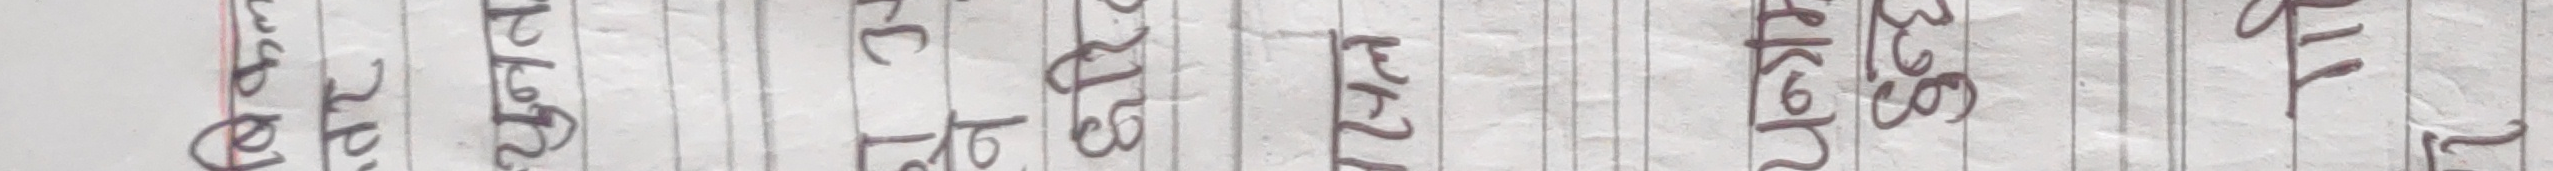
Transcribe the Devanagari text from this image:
रा, छोटो बाटो छरितो छिटो